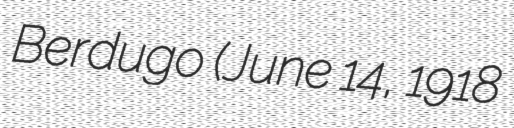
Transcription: Berdugo (June 14, 1918